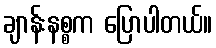
ချာန်းနစ္စက ပြောပါတယ်။